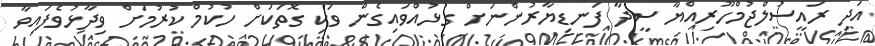
އަދި ރައީސުލްޖުމްހޫރިއްޔާ ސީދާ ފަނޑިޔާރުންނަށް ގުޅުއްވައިގެން ވަކި ގޮތަކަށް ހުކުމް ކުރުމަށް ވިދާޅުވެފައިވާ